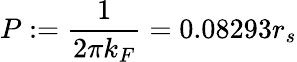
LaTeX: P:=\frac{1}{2\pi k_{F}}=0.08293r_{s}